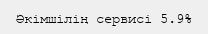
Әкімшілің сервисі 5.9%